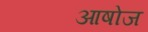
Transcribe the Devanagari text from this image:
आषोज